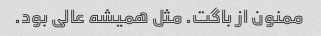
ممنون از باگت. مثل همیشه عالی بود.